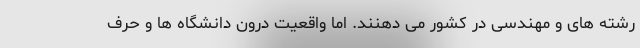
رشته های و مهندسی در کشور می دهنند. اما واقعیت درون دانشگاه ها و حرف